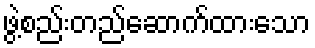
ဖွဲ့စည်းတည်ဆောက်ထားသော